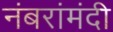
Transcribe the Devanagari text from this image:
नंबरांमंदी